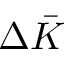
\Delta \bar { K }